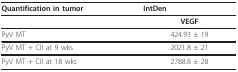
<table><thead><tr><td><b>Quantification in tumor</b></td><td><b>IntDen</b></td></tr></thead><tbody><tr><td></td><td><b>VEGF</b></td></tr><tr><td>PyV MT</td><td>424.93 ± 19</td></tr><tr><td>PyV MT + CII at 9 wks</td><td>2021.8 ± 21</td></tr><tr><td>PyV MT + CII at 18 wks</td><td>2788.8 ± 28</td></tr></tbody></table>